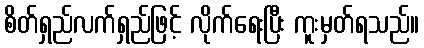
စိတ်ရှည်လက်ရှည်ဖြင့် လိုက်ရေးပြီး ကူးမှတ်ရသည်။